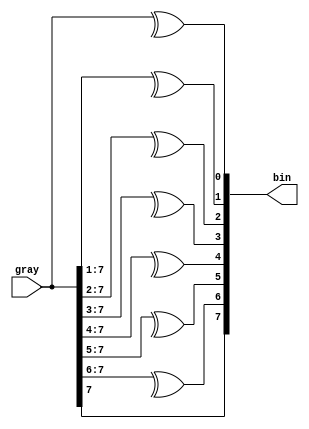
module gray2bin1 (bin, gray);
  parameter SIZE = 8;      // this module is parameterizable 
  output [SIZE-1:0] bin; 
  input  [SIZE-1:0] gray; 
  
  genvar i; 
  generate 
    for (i=0; i<SIZE; i=i+1) begin:bit
      assign bin[i] = ^gray[SIZE-1:i]; 
            // i refers to the implicitly defined localparam whose
            // value in each instance of the generate block is
            // the value of the genvar when it was elaborated.
    end 
  endgenerate
endmodule